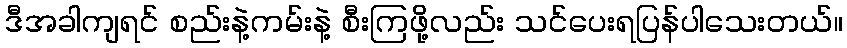
ဒီအခါကျရင် စည်းနဲ့ကမ်းနဲ့ စီးကြဖို့လည်း သင်ပေးရပြန်ပါသေးတယ်။